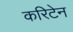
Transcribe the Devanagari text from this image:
करिटेन